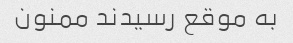
به موقع رسیدند ممنون